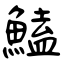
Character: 鰪